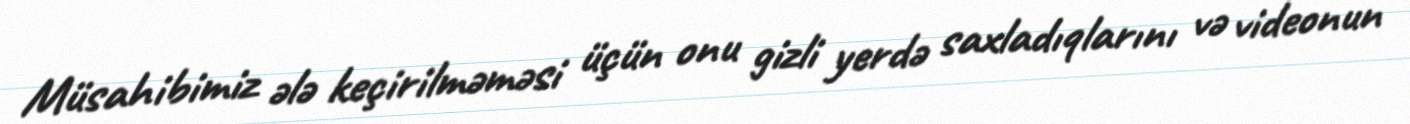
Müsahibimiz ələ keçirilməməsi üçün onu gizli yerdə saxladıqlarını və videonun